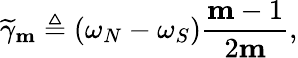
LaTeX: \widetilde{\gamma}_{\mathbf{m}}\triangleq(\omega_{N}-\omega_{S})\frac{\mathbf{m}-1}{2\mathbf{m}},